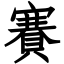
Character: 賽